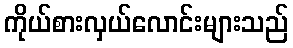
ကိုယ်စားလှယ်လောင်းများသည်